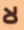
لا